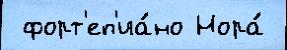
 форт'еп'иа́но Нора́